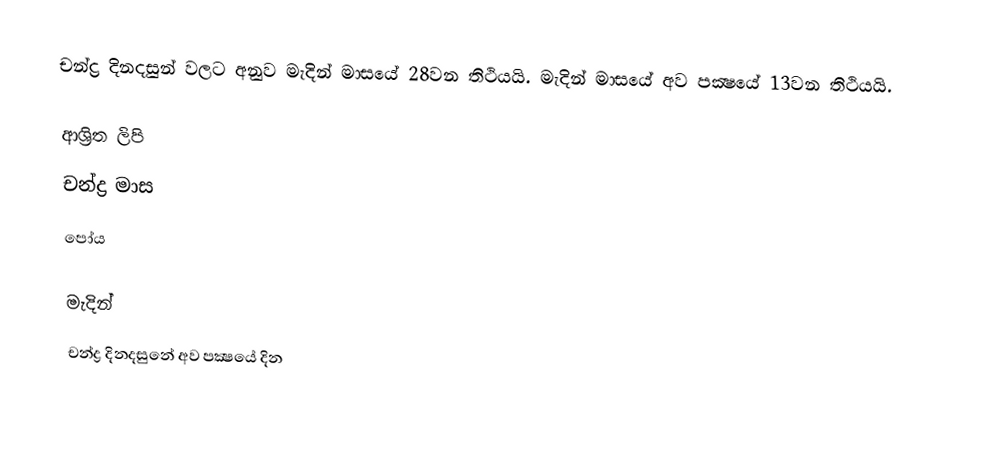
චන්ද්‍ර දිනදසුන් වලට අනුව මැදින් මාසයේ 28වන තිථියයි. මැදින් මාසයේ අව පක්‍ෂයේ 13වන තිථියයි.

ආශ්‍රිත ලිපි
 චන්ද්‍ර මාස
 පෝය

මැදින්
චන්ද්‍ර දිනදසුනේ අව පක්‍ෂයේ දින